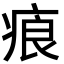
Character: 㾗